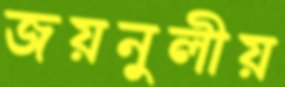
জয়নুলীয়